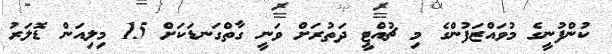
ކުންފުނީގެ މުވައްޒަފުންގެ މި ޗުއްޓީ ދަތުރަށް ވަނީ ގާތްގަނޑަކަށް 15 މިލިއަން ޑޮލަރު